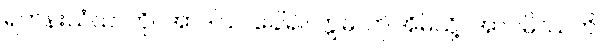
ရဟန်းသံဃာကို။ အာဒါယ၊ ခေါ်၍။ ဣဓ၊ ဤအိမ်သို့။ အာဂမိဿတိ၊